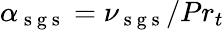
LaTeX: \alpha_{\mathrm{~s~g~s~}}=\nu_{\mathrm{~s~g~s~}}/Pr_{t}